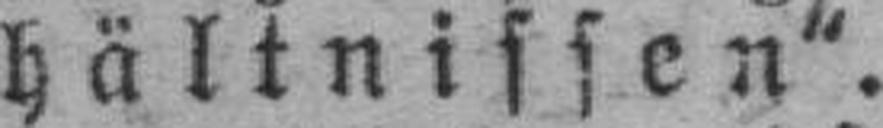
hältnissen“.